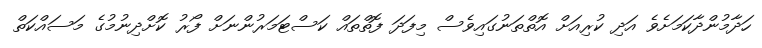
ހަދާމުންދާކަމަށެވެ އަދި ކުރިއަށް އޮތްތަނުގައިވެސް މިފަދަ ފޮތްތައް ކަސްޓަމަރުންނަށް ފޯރު ކޮށްދިނުމުގެ މަސައްކަތް